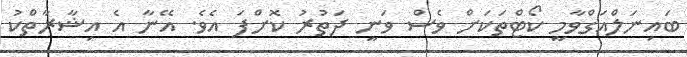
ބައިނަލްއަގްވާމީ ކޯޓްތަކަށް ވެސް ވަނީ ދަތުރު ކޮށްފަ އެވެ. އޭނާ އެ އިޝާރާތްކު